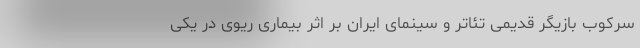
سرکوب بازیگر قدیمی تئاتر و سینمای ایران بر اثر بیماری ریوی در یکی